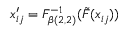
x _ { i j } ^ { \prime } = F _ { \beta ( 2 , 2 ) } ^ { - 1 } ( \tilde { F } ( x _ { i j } ) )